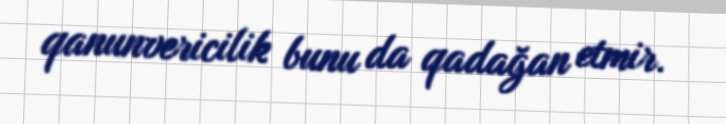
qanunvericilik bunu da qadağan etmir.